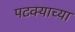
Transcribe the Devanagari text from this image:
पटक्याच्या